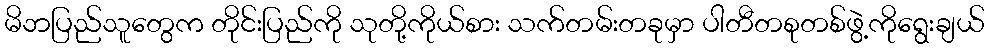
မိဘပြည်သူတွေက တိုင်းပြည်ကို သုတို့ကိုယ်စား သက်တမ်းတခုမှာ ပါတီတစုတစ်ဖွဲ့ကိုရွေးချယ်